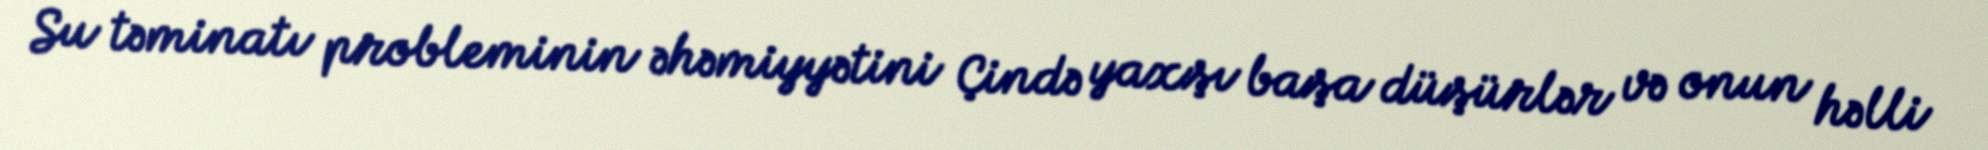
Su təminatı probleminin əhəmiyyətini Çində yaxşı başa düşürlər və onun həlli